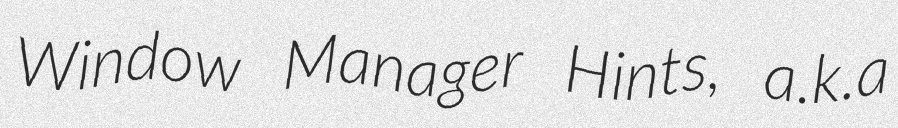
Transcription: Window Manager Hints, a.k.a